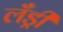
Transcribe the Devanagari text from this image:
लँड्री